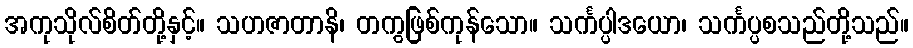
အကုသိုလ်စိတ်တို့နှင့်။ သဟဇာတာနိ၊ တကွဖြစ်ကုန်သော။ သင်္ကပ္ပါဒယော၊ သင်္ကပ္ပစသည်တို့သည်။